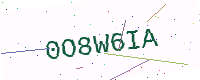
Text: 0O8W6IA